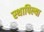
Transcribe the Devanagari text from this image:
स्थापिल्या